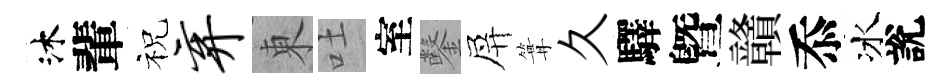
沐輩祝弃東吐室鑿屏篝久驛曁贛忝冰說